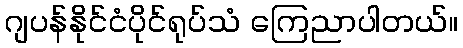
ဂျပန်နိုင်ငံပိုင်ရုပ်သံ ကြေညာပါတယ်။